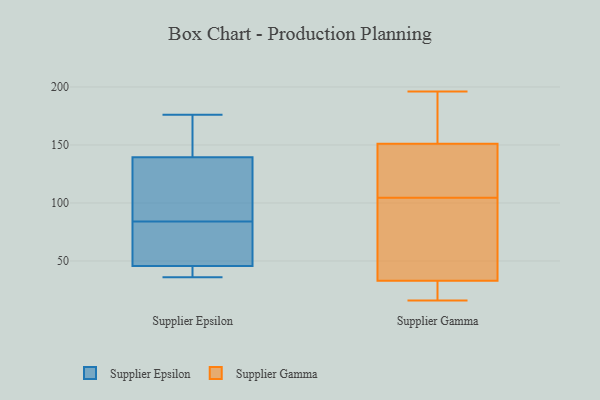
{"axis": {"x": "Active Users", "y": "Value"}, "legend": ["Supplier Epsilon", "Supplier Gamma"], "data": [{"x": "", "y": 70, "type": "Supplier Epsilon"}, {"x": "", "y": 147, "type": "Supplier Epsilon"}, {"x": "", "y": 42, "type": "Supplier Epsilon"}, {"x": "", "y": 36, "type": "Supplier Epsilon"}, {"x": "", "y": 138, "type": "Supplier Epsilon"}, {"x": "", "y": 85, "type": "Supplier Epsilon"}, {"x": "", "y": 144, "type": "Supplier Epsilon"}, {"x": "", "y": 36, "type": "Supplier Epsilon"}, {"x": "", "y": 47, "type": "Supplier Epsilon"}, {"x": "", "y": 78, "type": "Supplier Epsilon"}, {"x": "", "y": 84, "type": "Supplier Epsilon"}, {"x": "", "y": 176, "type": "Supplier Epsilon"}, {"x": "", "y": 106, "type": "Supplier Epsilon"}, {"x": "", "y": 196, "type": "Supplier Gamma"}, {"x": "", "y": 19, "type": "Supplier Gamma"}, {"x": "", "y": 53, "type": "Supplier Gamma"}, {"x": "", "y": 118, "type": "Supplier Gamma"}, {"x": "", "y": 36, "type": "Supplier Gamma"}, {"x": "", "y": 16, "type": "Supplier Gamma"}, {"x": "", "y": 30, "type": "Supplier Gamma"}, {"x": "", "y": 105, "type": "Supplier Gamma"}, {"x": "", "y": 104, "type": "Supplier Gamma"}, {"x": "", "y": 127, "type": "Supplier Gamma"}, {"x": "", "y": 180, "type": "Supplier Gamma"}, {"x": "", "y": 175, "type": "Supplier Gamma"}]}